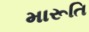
મારૂતિ